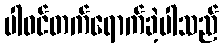
ပါဝင်တက်ရောက်ခဲ့ပါသည်